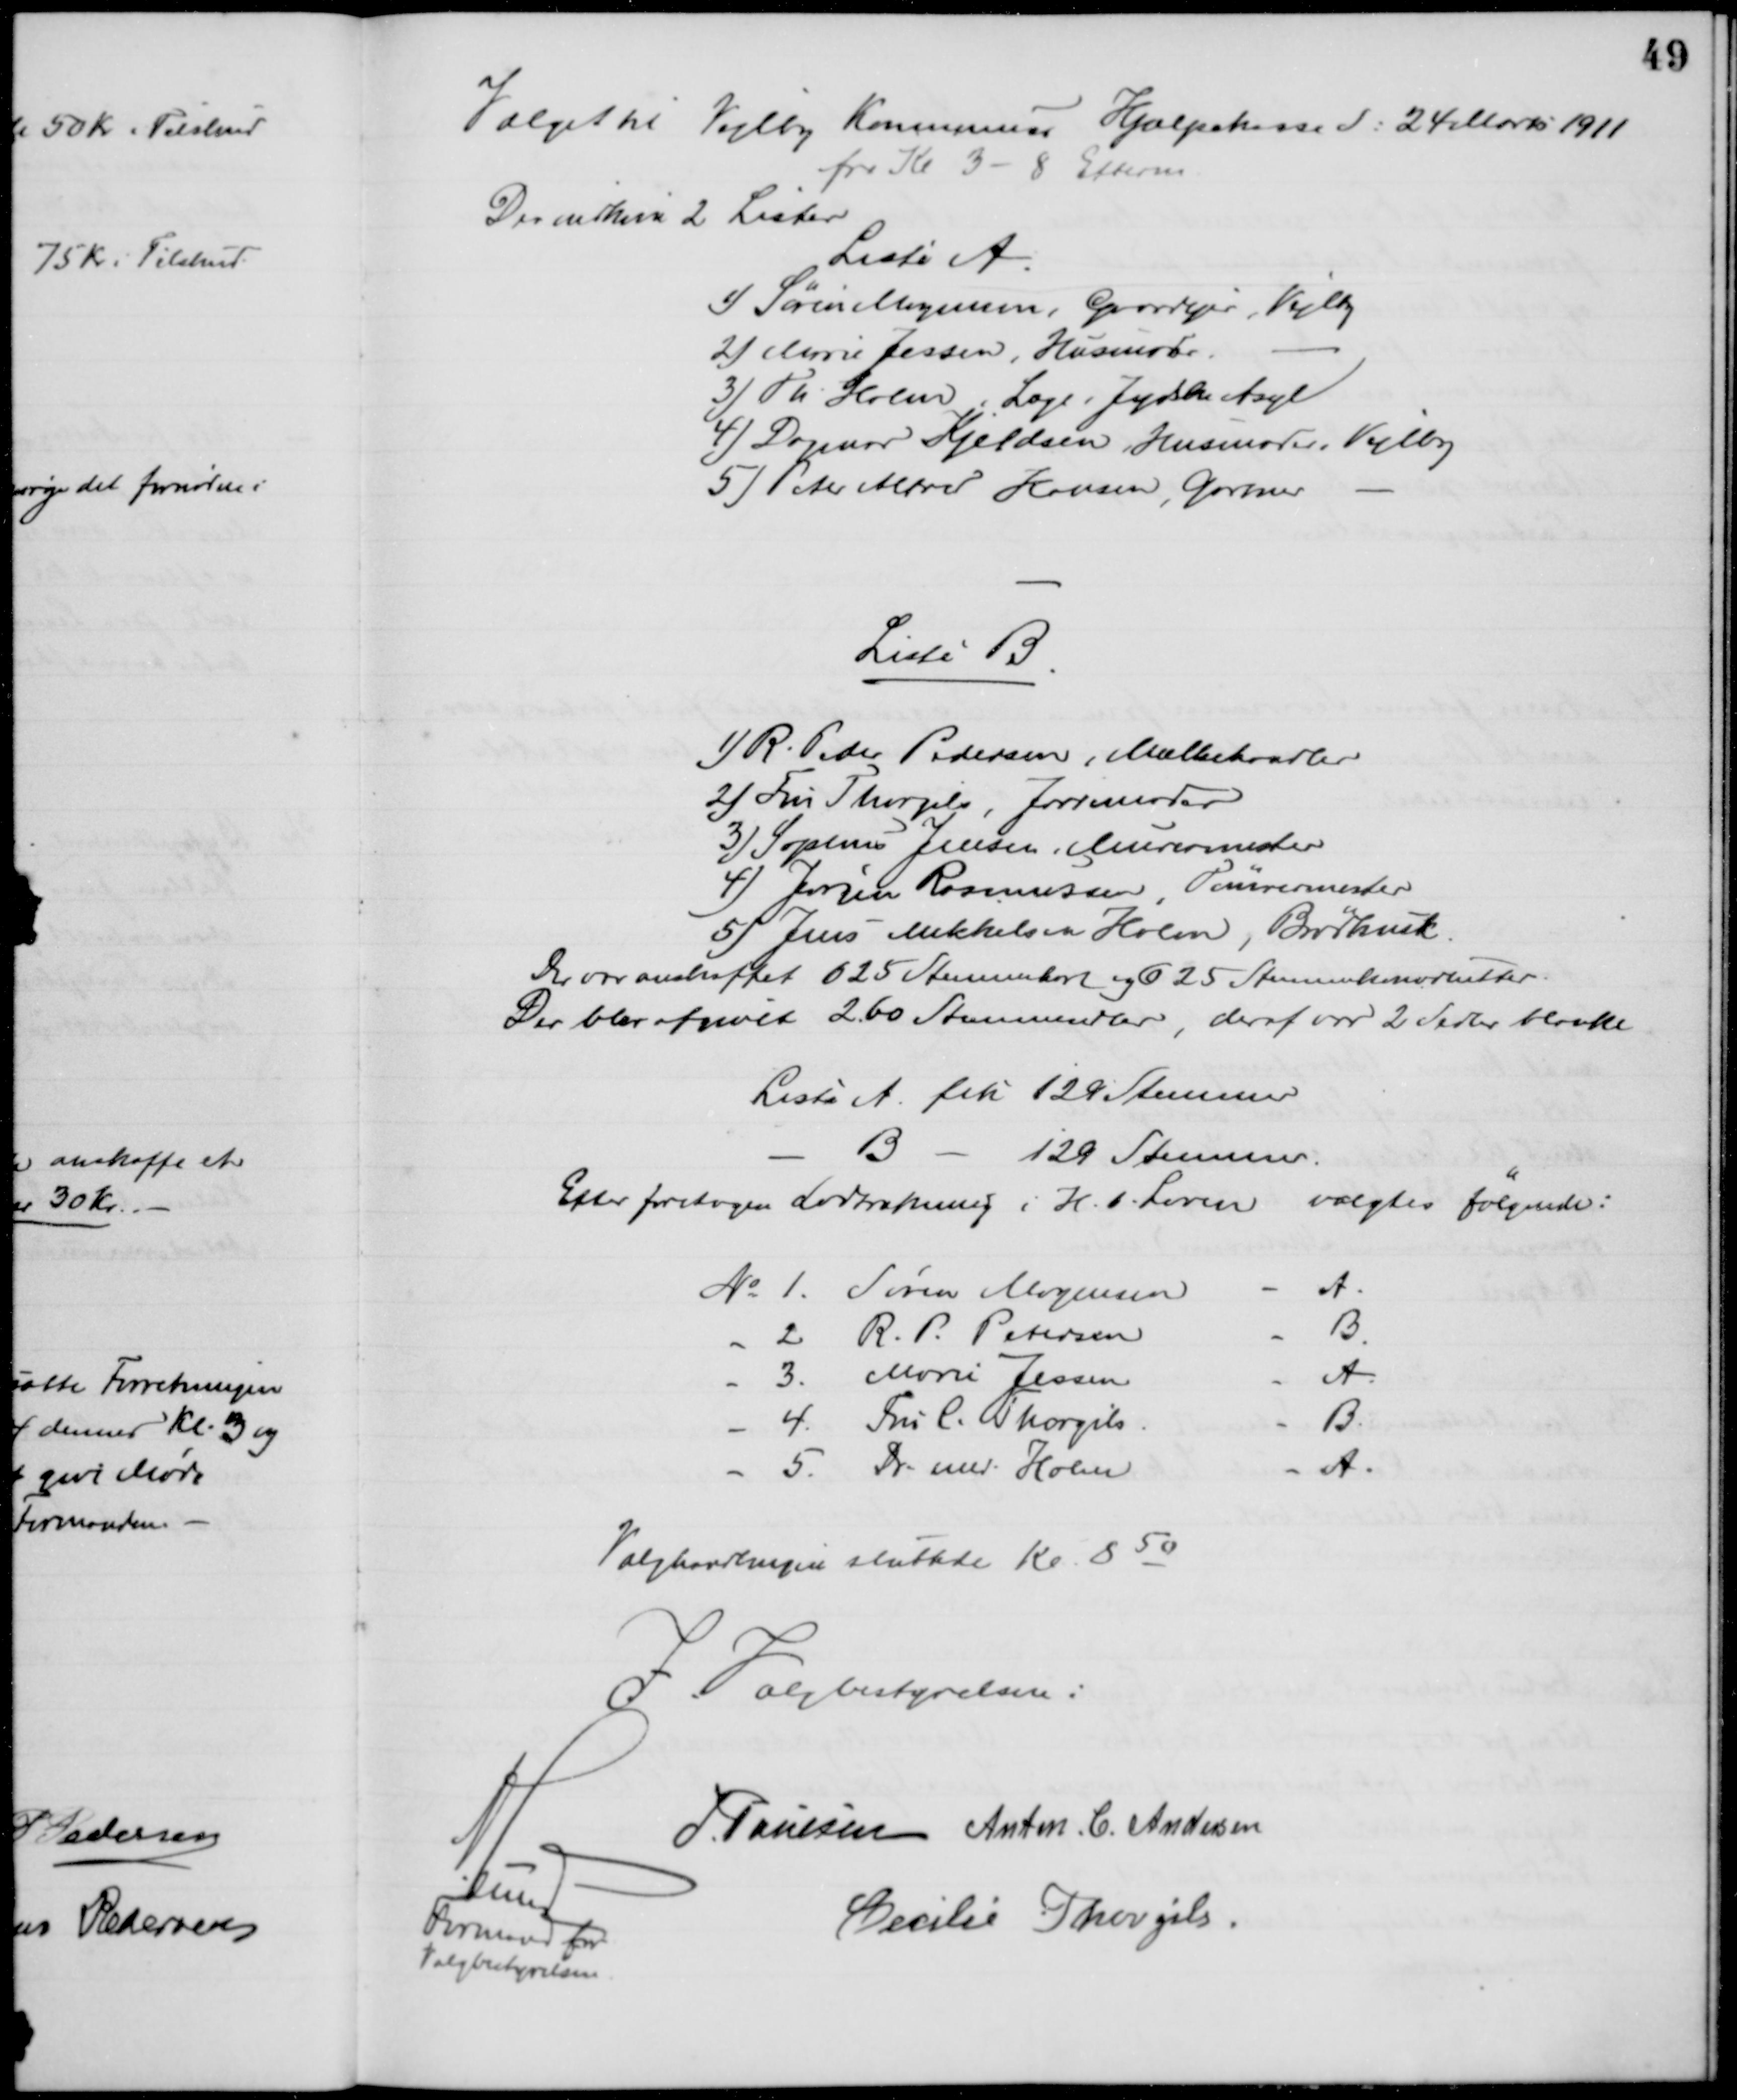
Transskription:
Valget til Vejlby Kommunes Hjælpekasse d: 24 Marts 1911
fra Kl. 3 - 8 Efterm.
Der indkom 2 Lister
Liste A.
1) Søren Mogensen, Gaardejer, Vejlby
2) Marie Jessen, Husmoder.
3) Th. Holm, Læge, Jydske Asyl
4) Dagmar Kjeldsen, Husmoder i Vejlby
5) Peter Alfred Hansen, Gartner
Liste B
1) R. Peder Pedersen, Mælkehandler
2) Fru Thorgils, Jordemoder
3) Sophus Jensen, Murermester
4) Jørgen Rasmussen, Tømrermester
5) Jens Mikkelsen Holm, Brødkusk
Der var anskaffet 625 Stemmekort og 625 Stemmekonvolutter.
Der blev afgivet 260 Stemmesedler, deraf var 2 Sedler blanke
Liste A. fik 129 Stemmer
B
129 Stemmer.
Efter foretoges Lodtrækning i H. t. Loven valgtes følgende:
No 1. Søren Mogensen
A.
2 R. P. Petersen
B.
3. Marie Jessen
A.
4. Fru C. Thorgils
B.
5. Dr. med Holm
A.
Valghandlingen sluttede Kl. 850
I Valgbestyrelsen:
A. Lund
Formand for
Valgbestyrelsen
J. Poulsen Anton C. Andersen
Cecilie Thorgils